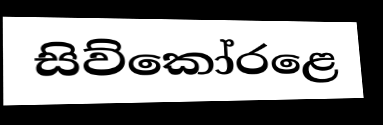
සිව්කෝරළෙ